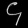
Digit: ၄